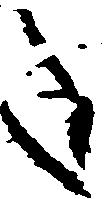
た